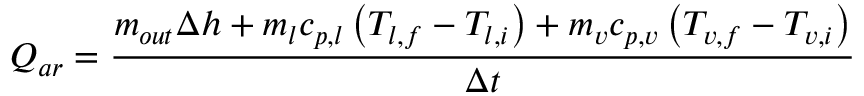
Q _ { a r } = \frac { m _ { o u t } \Delta h + m _ { l } c _ { p , l } \left( T _ { l , f } - T _ { l , i } \right) + m _ { v } c _ { p , v } \left( T _ { v , f } - T _ { v , i } \right) } { \Delta t }